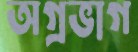
অগ্রভাগ